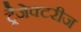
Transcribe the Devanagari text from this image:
ट्रैजेक्टरीज